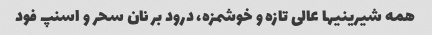
همه شیرینیها عالی تازه و خوشمزه، درود بر نان سحر و اسنپ فود